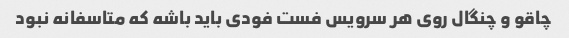
چاقو و چنگال روی هر سرویس فست فودی باید باشه که متاسفانه نبود